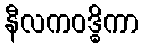
နီလကဝဒ္ဓိကာ